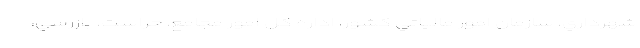
شهرداري، سازمان امور مالياتي كشور، اداره كل امور مجامع، حراست، بازرسي،